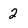
Character: 2